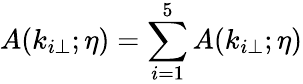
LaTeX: A(k_{i\perp};\eta)=\sum_{i=1}^{5}A(k_{i\perp};\eta)